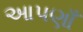
આપણાઁ